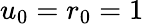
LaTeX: u_{0}=r_{0}=1